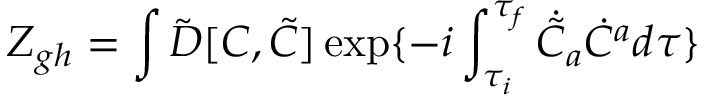
Z _ { g h } = \int \tilde { D } [ C , \tilde { C } ] \exp \{ - i \int _ { \tau _ { i } } ^ { \tau _ { f } } { } \dot { \tilde { C } } _ { a } \dot { C } ^ { a } { } d \tau \}